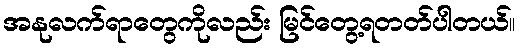
အနုလက်ရာတွေကိုလည်း မြင်တွေ့ရတတ်ပါတယ်။